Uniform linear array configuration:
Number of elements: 24
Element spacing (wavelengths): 0.75
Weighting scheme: blackman
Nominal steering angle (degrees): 45
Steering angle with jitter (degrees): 43.632
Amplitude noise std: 0.05
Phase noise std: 0.05

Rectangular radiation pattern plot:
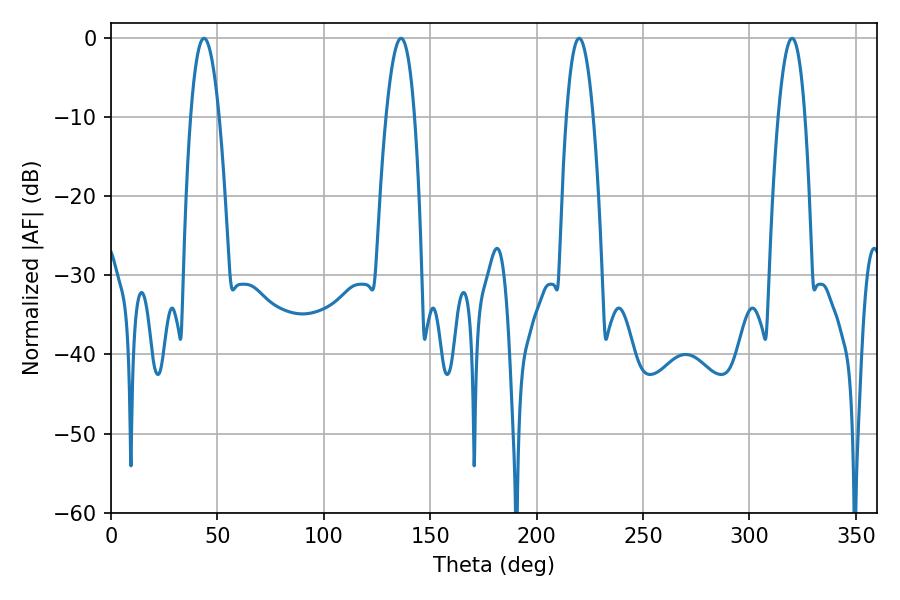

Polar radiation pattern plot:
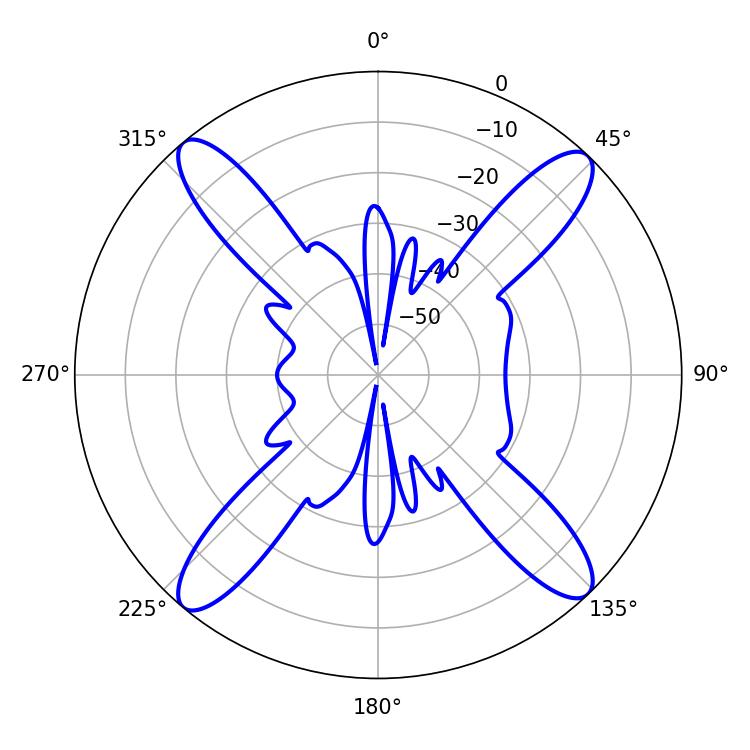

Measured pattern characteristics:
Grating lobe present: TRUE
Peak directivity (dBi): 19.126
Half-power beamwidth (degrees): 7.02
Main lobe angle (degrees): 219.96